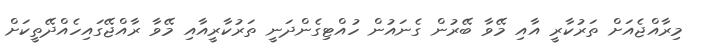
މިރާއްޖެއަށް ތަރުކާރީ އާއި މޭވާ ބޭރުން ގެނައުން ހުއްޓިގެންދަނީ ތަރުކާރީއާއި މޭވާ ރާއްޖޭގައިހެއްދޭތީކަށް